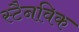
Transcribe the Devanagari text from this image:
स्टैनविक